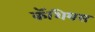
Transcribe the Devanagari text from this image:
कॅशियस